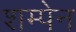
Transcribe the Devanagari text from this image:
शम्पेन